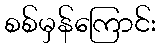
စစ်မှန်ကြောင်း